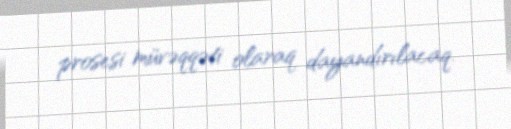
prosesi müvəqqəti olaraq dayandırılacaq.